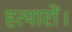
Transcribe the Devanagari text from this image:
हत्यारों।